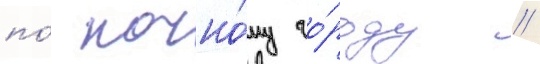
по́ ночно́му го́роду //